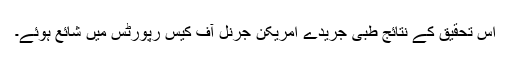
اس تحقیق کے نتائج طبی جریدے امریکن جرنل آف کیس رپورٹس میں شائع ہوئے۔